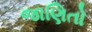
જાણિતો